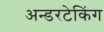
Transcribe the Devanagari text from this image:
अन्डरटेकिंग